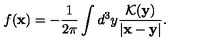
f ( { \bf x } ) = - \frac { 1 } { 2 \pi } \int d ^ { 3 } y \frac { { \cal K } ( { \bf y } ) } { | { \bf x } - { \bf y } | } .